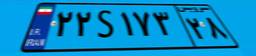
۰۰S۵۱۹۱۴